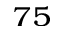
_ { 7 5 }